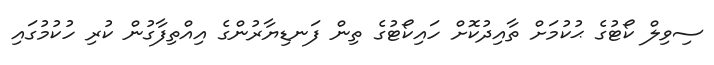
ސިވިލް ކޯޓުގެ ޙުކުމަށް ތާއިދުކޮށް ހައިކޯޓުގެ ތިން ފަނޑިޔާރުންގެ އިއްތިފާގުން ކުރި ހުކުމުގައި